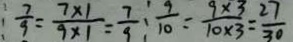
\frac { 7 } { 9 } = \frac { 7 \times 1 } { 9 \times 1 } = \frac { 7 } { 9 } \frac { 9 } { 1 0 } = \frac { 9 \times 3 } { 1 0 \times 3 } = \frac { 2 7 } { 3 0 }